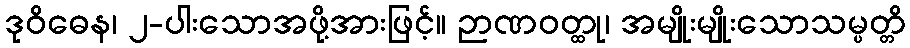
ဒုဝိဓေန၊ ၂-ပါးသောအဖို့အားဖြင့်။ ဉာဏဝတ္ထု၊ အမျိုးမျိုးသောသမ္ပတ္တိ